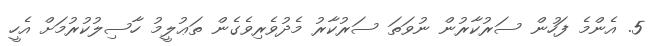
5. އެންމެ ފަހުން ސަރުކާރުން ނުވަތަ ސަރުކާރު މެދުވެރިވެގެން ތަޢުލީމު ހާސިލުކުރުމަށް އެހީ